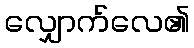
လျှောက်လေ၏